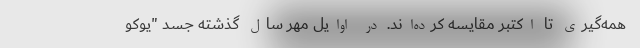
همه‌گیری تا اکتبر مقایسه کرده‌اند. در اوایل مهر سال گذشته جسد "یوکو